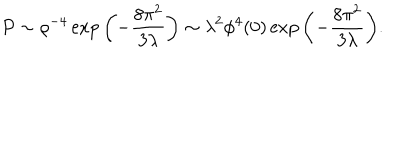
P \sim \rho ^ { - 4 } \exp { \left( - { \frac { 8 \pi ^ { 2 } } { 3 \lambda } } \right) } \sim \lambda ^ { 2 } \phi ^ { 4 } ( 0 ) \exp { \left( - { \frac { 8 \pi ^ { 2 } } { 3 \lambda } } \right) } .